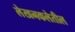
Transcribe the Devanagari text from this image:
लेखनकलेतील